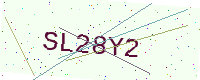
Text: SL28Y2